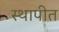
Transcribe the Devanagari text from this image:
स्‍थापीत